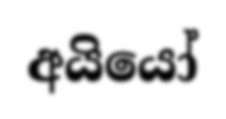
අයියෝ